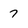
Character: 7